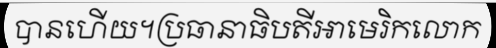
បានហើយ។ប្រធានាធិបតីអាមេរិកលោក